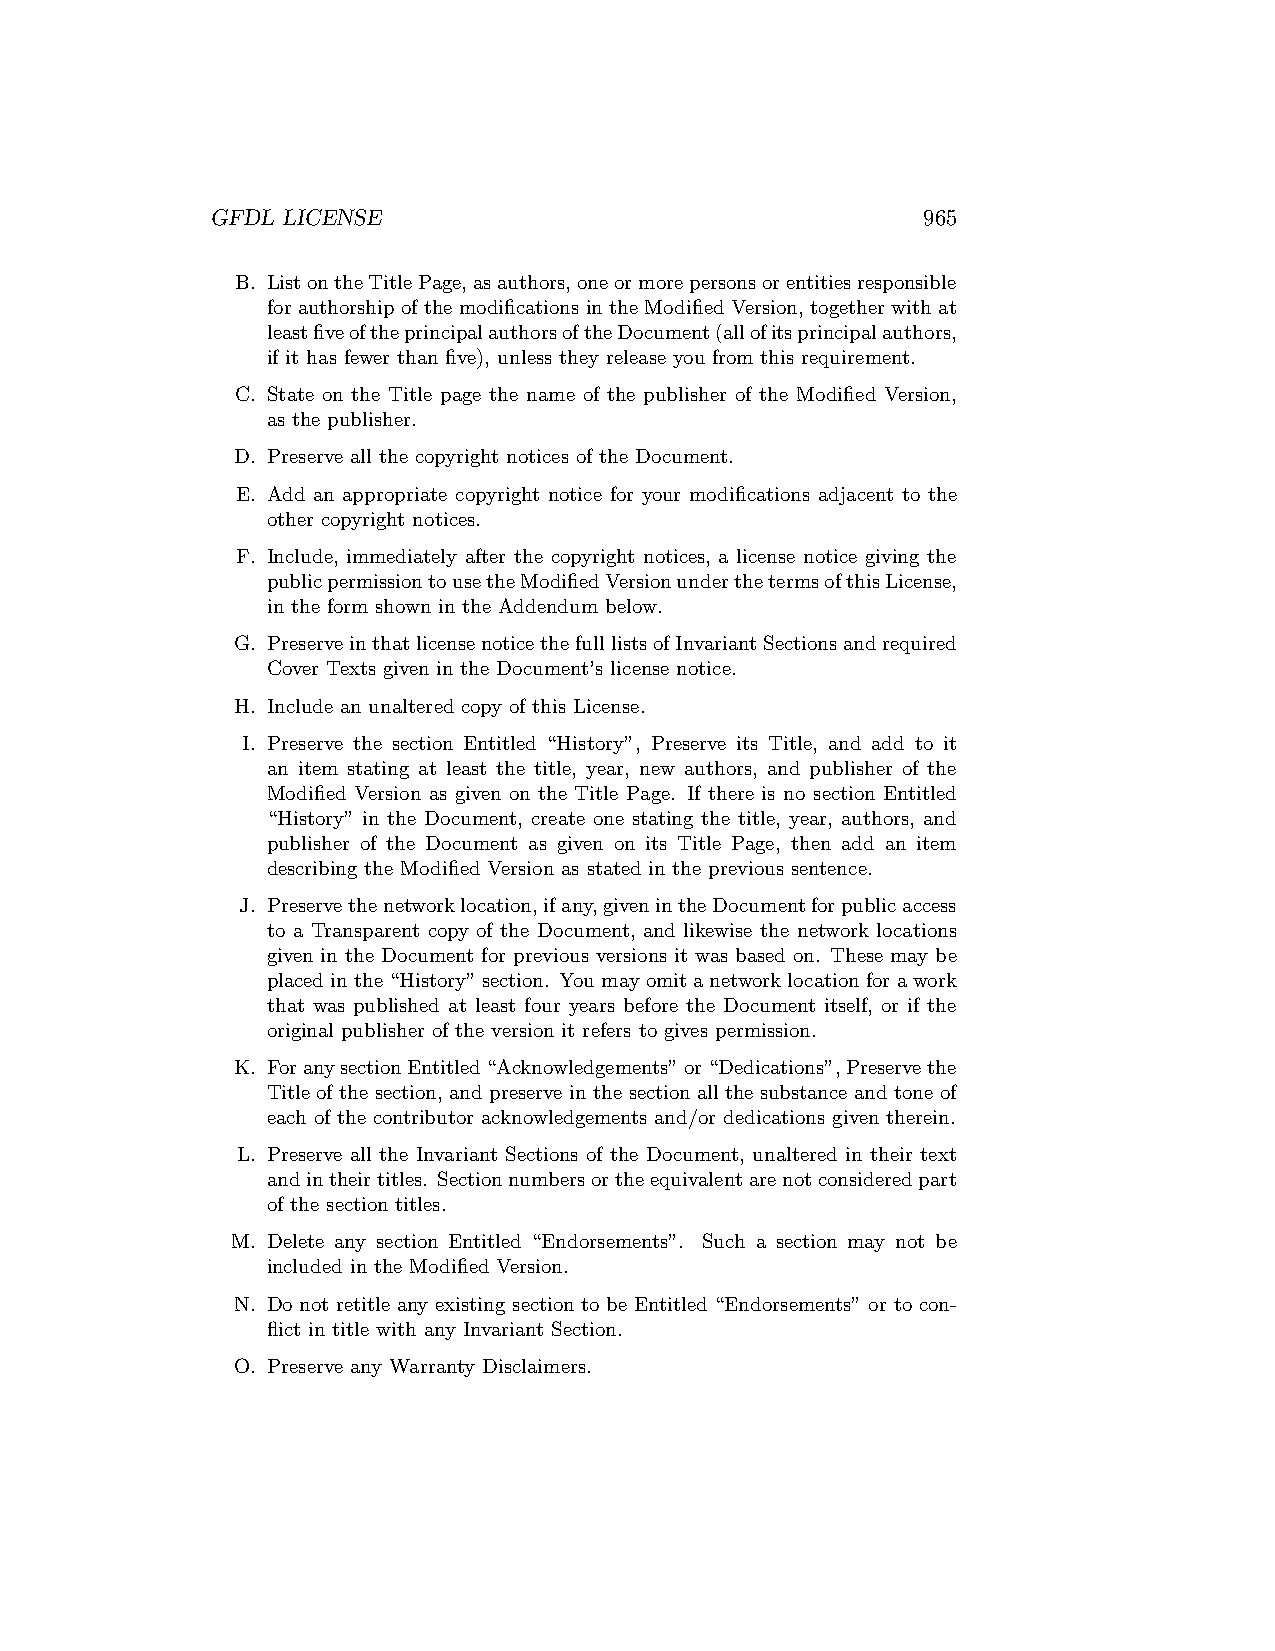
GFDL LICENSE                                   965
 B. ListontheTitlePage,asauthors,oneormorepersonsorentitiesresponsible
 for authorship of the modifications in the Modified Version, together with at
 leastfiveoftheprincipalauthorsoftheDocument(allofitsprincipalauthors,
 if it has fewer than five), unless they release you from this requirement.
 C. State on the Title page the name of the publisher of the Modified Version,
 as the publisher.
 D. Preserve all the copyright notices of the Document.
 E. Add an appropriate copyright notice for your modifications adjacent to the
 other copyright notices.
 F. Include, immediately after the copyright notices, a license notice giving the
 publicpermissiontousetheModifiedVersionunderthetermsofthisLicense,
 in the form shown in the Addendum below.
 G. PreserveinthatlicensenoticethefulllistsofInvariantSectionsandrequired
 Cover Texts given in the Document’s license notice.
 H. Include an unaltered copy of this License.
 I. Preserve the section Entitled “History”, Preserve its Title, and add to it
 an item stating at least the title, year, new authors, and publisher of the
 Modified Version as given on the Title Page. If there is no section Entitled
 “History” in the Document, create one stating the title, year, authors, and
 publisher of the Document as given on its Title Page, then add an item
 describing the Modified Version as stated in the previous sentence.
 J. Preservethenetworklocation,ifany,givenintheDocumentforpublicaccess
 to a Transparent copy of the Document, and likewise the network locations
 given in the Document for previous versions it was based on. These may be
 placedinthe“History”section. Youmayomitanetworklocationforawork
 that was published at least four years before the Document itself, or if the
 original publisher of the version it refers to gives permission.
 K. ForanysectionEntitled“Acknowledgements”or“Dedications”,Preservethe
 Title of the section, and preserve in the section all the substance and tone of
 each of the contributor acknowledgements and/or dedications given therein.
 L. Preserve all the Invariant Sections of the Document, unaltered in their text
 andintheirtitles. Sectionnumbersortheequivalentarenotconsideredpart
 of the section titles.
 M. Delete any section Entitled “Endorsements”. Such a section may not be
 included in the Modified Version.
 N. Do not retitle any existing section to be Entitled “Endorsements” or to con-
 flict in title with any Invariant Section.
 O. Preserve any Warranty Disclaimers.